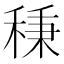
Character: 𥟱